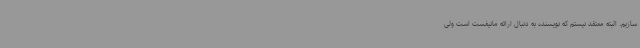
سازیم. البته معتقد نیستم که نویسنده به دنبال ارائه مانیفست است ولی